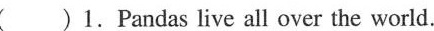
( )1.Pandas live all over the world.